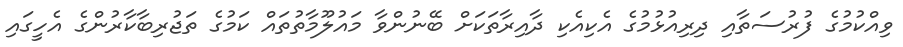
ވިއްކުމުގެ ފުރުސަތާއި ދިރިއުޅުމުގެ އެކިއެކި ދާއިރާތަކަށް ބޭނުންވާ މައުލޫމާތުތައް ކަމުގެ ތަޖުރިބާކާރުންގެ އެހީގައި